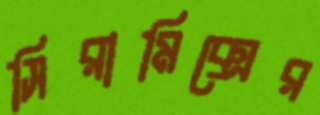
সিরামিক্সের